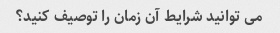
می توانید شرایط آن زمان را توصیف کنید؟